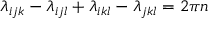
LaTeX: \lambda _ { i j k } - \lambda _ { i j l } + \lambda _ { i k l } - \lambda _ { j k l } = 2 \pi n \nonumber